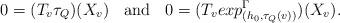
LaTeX: \begin{align*}0 = (T_{v}\tau_{Q})(X_{v}) \; \; \mbox{ and } \; \; 0 =(T_{v}exp^{\Gamma}_{(h_{0},\tau_{Q}(v))})(X_{v}).\end{align*}